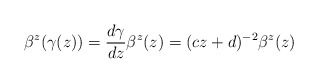
\begin{align*}\beta^z(\gamma(z)) = \frac{d\gamma}{dz} \beta^z(z) = (cz + d)^{-2}\beta^z(z)\end{align*}